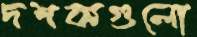
দশকগুলো